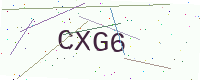
Text: CXG6